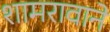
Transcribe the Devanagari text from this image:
शामरावाने